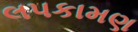
લપકામણ